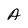
Character: A